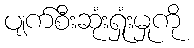
ပျက်စီးဆုံးရှုံးမှုကို